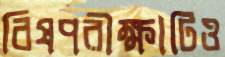
বিষপরীক্ষাটিও